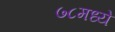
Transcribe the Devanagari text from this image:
७८मध्ये